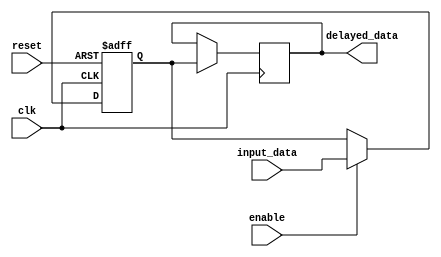
module latch_delay
(
    input wire clk,
    input wire reset,
    input wire enable,
    input wire [7:0] input_data,
    output reg [7:0] delayed_data
);

reg [7:0] latch_data;

always @(posedge clk or posedge reset)
begin
    if (reset)
        latch_data <= 8'b00000000;
    else if (enable)
        latch_data <= input_data;
end

always @(posedge clk)
begin
    if (timing_condition)
        delayed_data <= latch_data;
end

endmodule